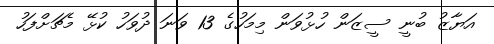
އަޔާޒު ބުނީ ސީޒަން ހުޅުވަން މިމަހުގެ 13 ވަނަ ދުވަހު ކުޅޭ މެޗަށްފަހު